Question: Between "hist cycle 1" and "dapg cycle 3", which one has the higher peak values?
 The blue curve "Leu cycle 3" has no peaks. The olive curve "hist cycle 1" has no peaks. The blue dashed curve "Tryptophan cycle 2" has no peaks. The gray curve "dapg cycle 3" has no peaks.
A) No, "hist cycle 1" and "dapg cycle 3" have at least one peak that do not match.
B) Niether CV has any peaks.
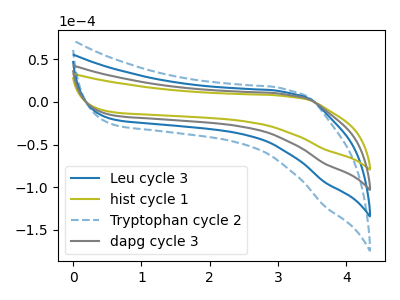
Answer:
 <answer>B) Niether CV has any peaks.</answer>
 <eval>B</eval>